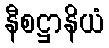
နီစဋ္ဌာနိယံ